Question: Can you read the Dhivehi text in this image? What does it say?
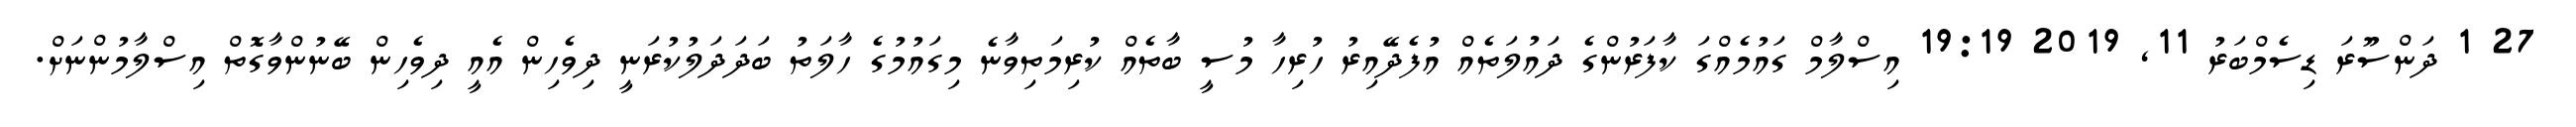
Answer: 27 1 ދަންސޫރަ ޑިސެމްބަރު 11, 2019 19:19 އިސްލާމް ގައުމެއްގަ ކާފަރުންގެ ދައުލަތެއް އުފެދޭއިރު ހުރިހާ މުސީ ބާތެއް ކުރިމަތިވާނެ މިގައުމުގެ ހާލަތު ބަދަދަލުކުރަނީ ދިވެހިން އެއީ ދިވެހިން ބޭނުންވާގޮތް އިސްލާމުންނަށް.